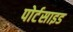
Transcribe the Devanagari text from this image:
पोर्टसाइड